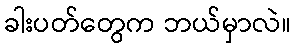
ခါးပတ်တွေက ဘယ်မှာလဲ။